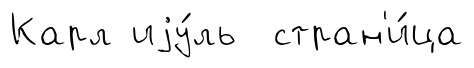
Карл иjу́ль стран'и́ца